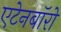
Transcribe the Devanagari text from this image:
एटेनबॉरो